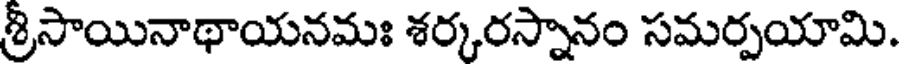
శ్రీసాయినాథాయనమః శర్కరస్నానం సమర్పయామి.